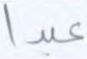
عبدا